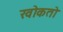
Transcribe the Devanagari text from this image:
खोकतो